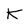
Character: K